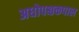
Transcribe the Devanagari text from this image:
अधोपश्चकपाल